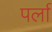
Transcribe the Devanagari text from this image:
पर्ला